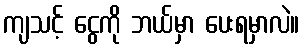
ကျသင့် ငွေကို ဘယ်မှာ ပေးရမှာလဲ။